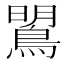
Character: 𪂡